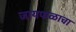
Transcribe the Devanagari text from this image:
जायफळाचा